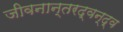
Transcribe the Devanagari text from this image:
जीवनान्तरद्वन्द्व